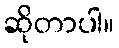
ဆိုတာပါ။